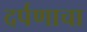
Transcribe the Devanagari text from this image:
दर्पणाचा